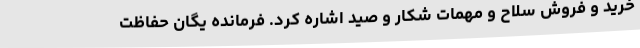
خرید و فروش سلاح و مهمات شکار و صید اشاره کرد. فرمانده یگان حفاظت